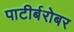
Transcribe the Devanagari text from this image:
पाटीर्बरोबर